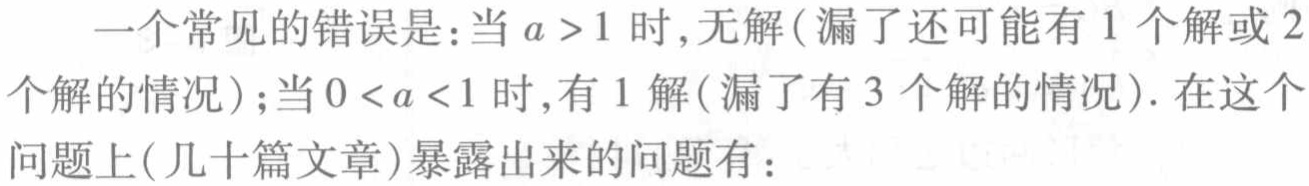
一个常见的错误是：当 \(a > 1\) 时,无解(漏了还可能有 1 个解或 2个解的情况)；当 \(0 < a < 1\) 时,有 1 解(漏了有 3 个解的情况). 在这个问题上(几十篇文章)暴露出来的问题有：